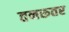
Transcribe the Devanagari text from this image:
तनरूतर